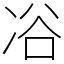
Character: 𠗖